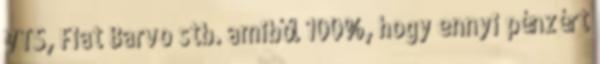
VTS, Fiat Barvo stb. amiből 100%, hogy ennyi pénzért